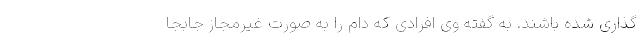
گذاری شده باشند. به گفته وی افرادی که دام را به صورت غیرمجاز جابجا